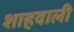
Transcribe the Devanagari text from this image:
शाहवाली